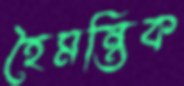
হৈমন্তিক